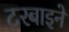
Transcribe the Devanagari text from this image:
टरबाइने